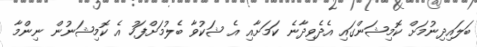
ބަލައިދިނުމަށް ކޮމިޝަންގައި އެދެވިދާނެ ކަމަށާއި އެ ޝަކުވާ ބެލުމަށްފަހު އެ ކޮމިޝަނުން ނިންމާ